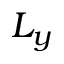
L _ { y }